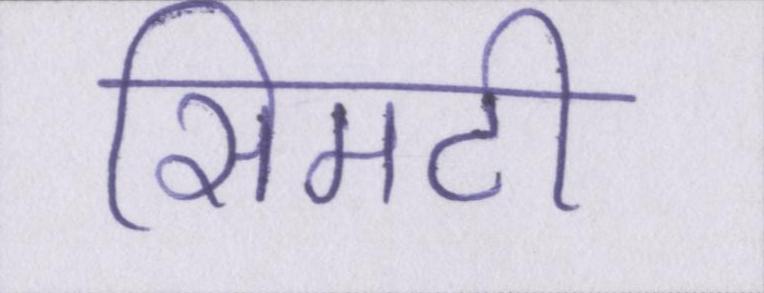
सिमटी